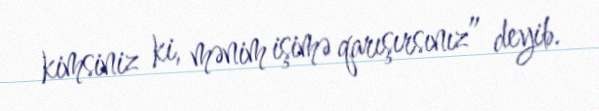
kimsiniz ki, mənim işimə qarışırsınız” deyib.